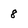
Character: 8